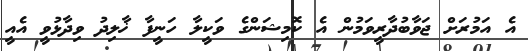
އެ އަމުރަށް ޖަވާބުދާރީވަމުން އެ ކޮމިޝަންގެ ވަކީލާ ހަނީފާ ޚާލިދު ވިދާޅުވީ އެއީ